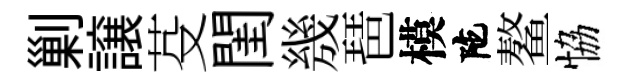
剿譲芟閨㡬琶模陀鳌恊